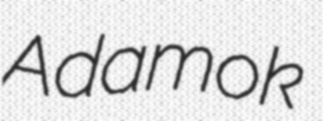
Adamok